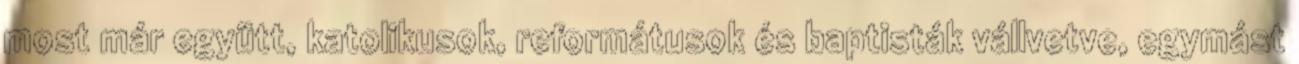
most már együtt, katolikusok, reformátusok és baptisták vállvetve, egymást